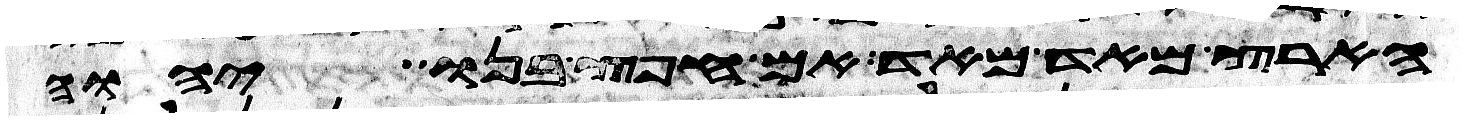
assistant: הארץ מאד מאד אם חפץ בנו יהוה